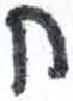
אות: ח